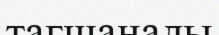
тагщанады